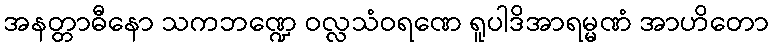
အနတ္တာဓီနော သကဘဏ္ဍေ ဝလ္လသံဝရဏေ ရူပါဒိအာရမ္မဏံ အာဟိတော